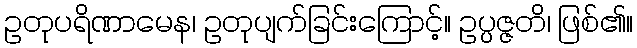
ဥတုပရိဏာမေန၊ ဥတုပျက်ခြင်းကြောင့်။ ဥပ္ပဇ္ဇတိ၊ ဖြစ်၏။